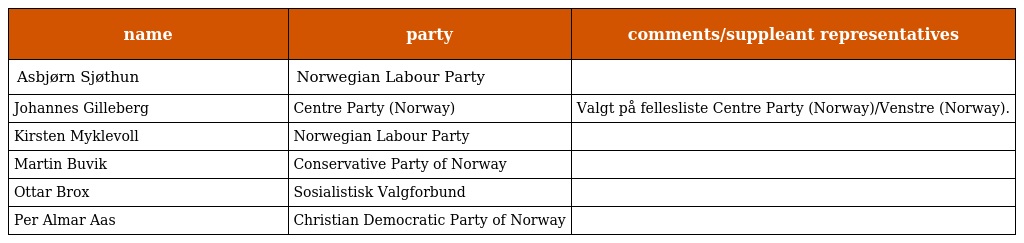
| name | party | comments/suppleant representatives |
 | --- | --- | --- |
 | Asbjørn Sjøthun | Norwegian Labour Party |  |
 | Johannes Gilleberg | Centre Party (Norway) | Valgt på fellesliste Centre Party (Norway)/Venstre (Norway). |
 | Kirsten Myklevoll | Norwegian Labour Party |  |
 | Martin Buvik | Conservative Party of Norway |  |
 | Ottar Brox | Sosialistisk Valgforbund |  |
 | Per Almar Aas | Christian Democratic Party of Norway |  |